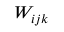
W _ { i j k }